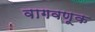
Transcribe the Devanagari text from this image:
वागवणूक